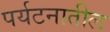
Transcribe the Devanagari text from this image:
पर्यटनातील